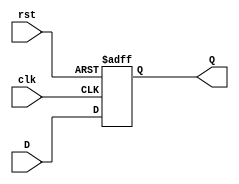
module FeedbackRegister #(
    parameter WIDTH = 8 // Parameter to define the width of the register
)(
    input wire clk,      // Clock signal
    input wire rst,      // Reset signal
    input wire [WIDTH-1:0] D, // Data input
    output reg [WIDTH-1:0] Q   // Data output
);

// Sequential logic for the feedback register
always @(posedge clk or posedge rst) begin
    if (rst) begin
        Q <= {WIDTH{1'b0}}; // Reset the register to zero
    end else begin
        Q <= D; // Capture the data input on clock edge
    end
end

endmodule